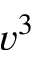
v ^ { 3 }